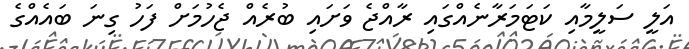
އަލީ ސަލީމާއި ކަޓަމަރާނެއްގައި ރާއްޖެ ވަށައި ބުރެއް ޖެހުމަށް ފަހު ގިނަ ބައެއްގެ